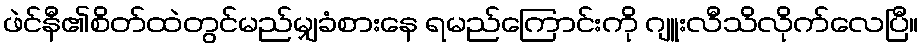
ဖဲင်နီ၏စိတ်ထဲတွင်မည်မျှခံစားနေ ရမည်ကြောင်းကို ဂျူးလီသိလိုက်လေပြီ။